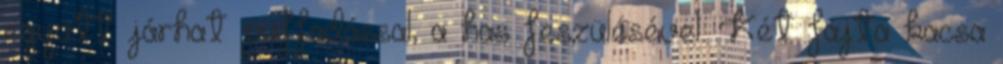
együtt járhat puffadással, a has feszülésével. Két fajta kacsa